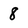
Character: 8